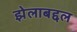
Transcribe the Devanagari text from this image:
झेलाबद्दल